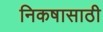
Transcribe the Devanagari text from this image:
निकषासाठी